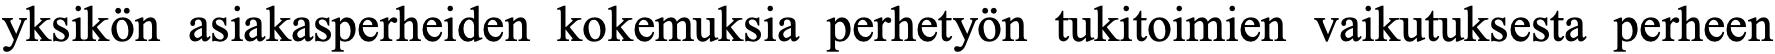
yksikön asiakasperheiden kokemuksia perhetyön tukitoimien vaikutuksesta perheen